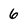
Character: 6